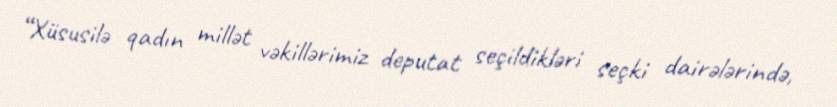
“Xüsusilə qadın millət vəkillərimiz deputat seçildikləri seçki dairələrində,